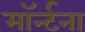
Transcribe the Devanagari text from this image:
मॉर्न्टना